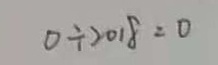
0 \div 2 0 1 8 = 0